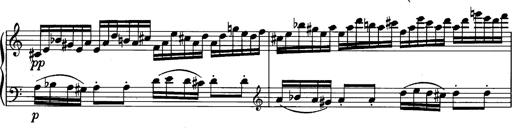
Title: La romanesca
Composer: Franz Liszt